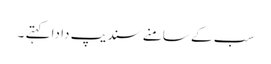
سب کے سامنے سندیپ دا دا کہتے ۔